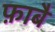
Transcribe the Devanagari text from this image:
फ़ाबै